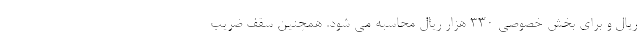
ریال و برای بخش خصوصی ۳۳۰ هزار ریال محاسبه می شود. همچنین سقف ضریب